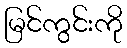
မြင်ကွင်းကို